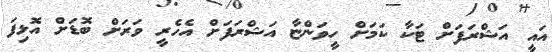
އައީ އަޝްރަފަށް ޓަކާ ކަމަށް ހީވަންޏާ އަޝްރަފަށް އެހެރީ ވަރަށް ބޮޑަށް އޮޅިފަ